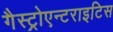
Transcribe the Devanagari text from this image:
गैस्ट्रोएन्टराइटिस